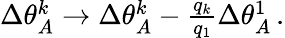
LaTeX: \begin{array}{r}{\Delta\theta_{A}^{k}\rightarrow\Delta\theta_{A}^{k}-\frac{q_{k}}{q_{1}}\Delta\theta_{A}^{1}\, .}\end{array}